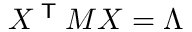
X ^ { \textsf { T } } M X = \Lambda